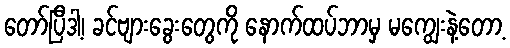
တော်ပြီဒါ့၊ ခင်ဗျားခွေးတွေကို နောက်ထပ်ဘာမှ မကျွေးနဲ့တော့